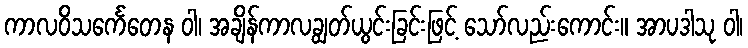
ကာလဝိသင်္ကေတေန ဝါ၊ အချိန်ကာလချွတ်ယွင်းခြင်းဖြင့် သော်လည်းကောင်း။ အာပဒါသု ဝါ၊